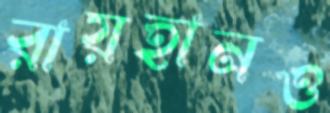
রায়হানও